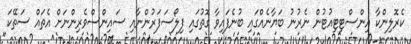
ކެރޮލިންކާ އިންސްޓިޓިއުޓުން ނެރުނު ބަޔާނެއްގައި ބުނެފައިވާ ގޮތުގައި ފިލޯސަފަރުންނާއި ސައިންސްވެރިންނަށް އެތައް ސަތޭކަ